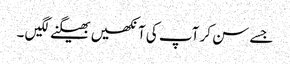
جسے سن کر آپ کی آنکھیں بھیگنے لگیں ۔